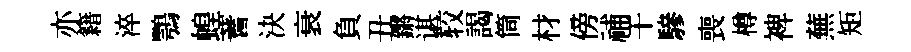
亦籍淬鶚蝗蓍決衰負丑鏘谌较謁筒材傍𥙷干驂喪樽裨蕪矩